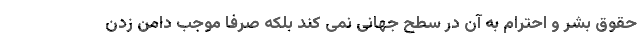
حقوق بشر و احترام به آن در سطح جهانی نمی کند بلکه صرفا موجب دامن زدن